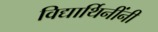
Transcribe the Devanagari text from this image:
विद्यार्थिनींनी